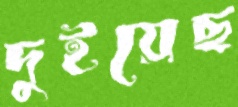
দুইয়েছ